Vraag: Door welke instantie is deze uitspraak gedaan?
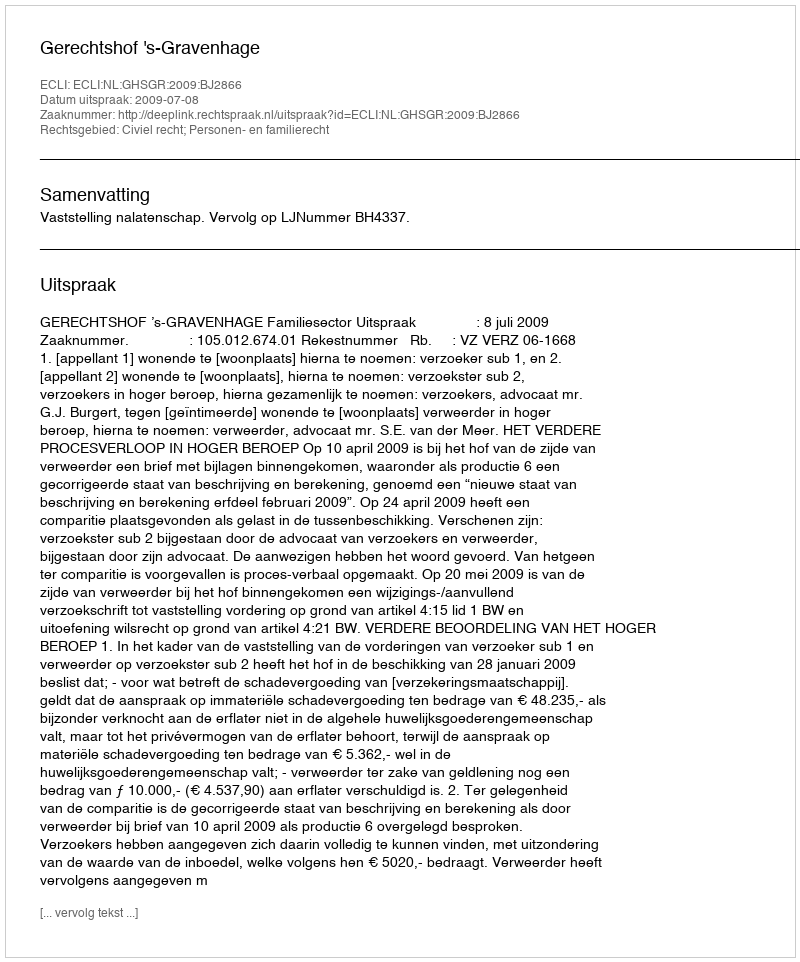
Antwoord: Gerechtshof 's-Gravenhage